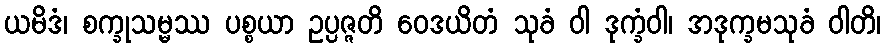
ယမိဒံ၊ စက္ခုသမ္မဿ ပစ္စယာ ဥပ္ပဇ္ဇတိ ဝေဒယိတံ သုခံ ဝါ ဒုက္ခံဝါ၊ အဒုက္ခမသုခံ ဝါတိ၊